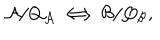
{ \cal A } / Q _ { \cal A } \Longleftrightarrow { \cal B } / Q _ { \cal B } ,